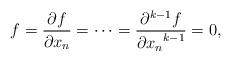
LaTeX: \begin{align*}f=\frac{\partial f}{\partial x_n}=\cdots=\frac{\partial^{k-1}f}{{\partial x_n}^{k-1}}=0,\end{align*}